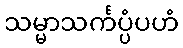
သမ္မာသင်္ကပ္ပံပဟံ